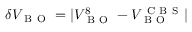
\delta V _ { \mathrm { ~ B ~ O ~ } } = | V _ { \mathrm { ~ B ~ O ~ } } ^ { 8 } - V _ { \mathrm { ~ B ~ O ~ } } ^ { \mathrm { ~ C ~ B ~ S ~ } } |